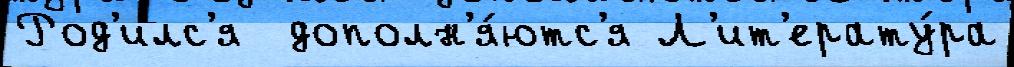
Род'илс'я  дополн'я́ютс'я Л'ит'ерату́ра